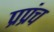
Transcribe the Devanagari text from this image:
प्रप्रंच